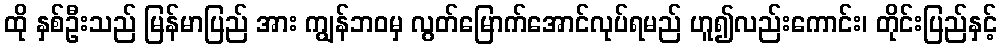
ထို နှစ်ဦးသည် မြန်မာပြည် အား ကျွန်ဘဝမှ လွတ်မြောက်အောင်လုပ်ရမည် ဟူ၍လည်းကောင်း၊ တိုင်းပြည်နှင့်